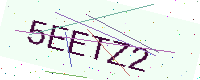
Text: 5EETZ2